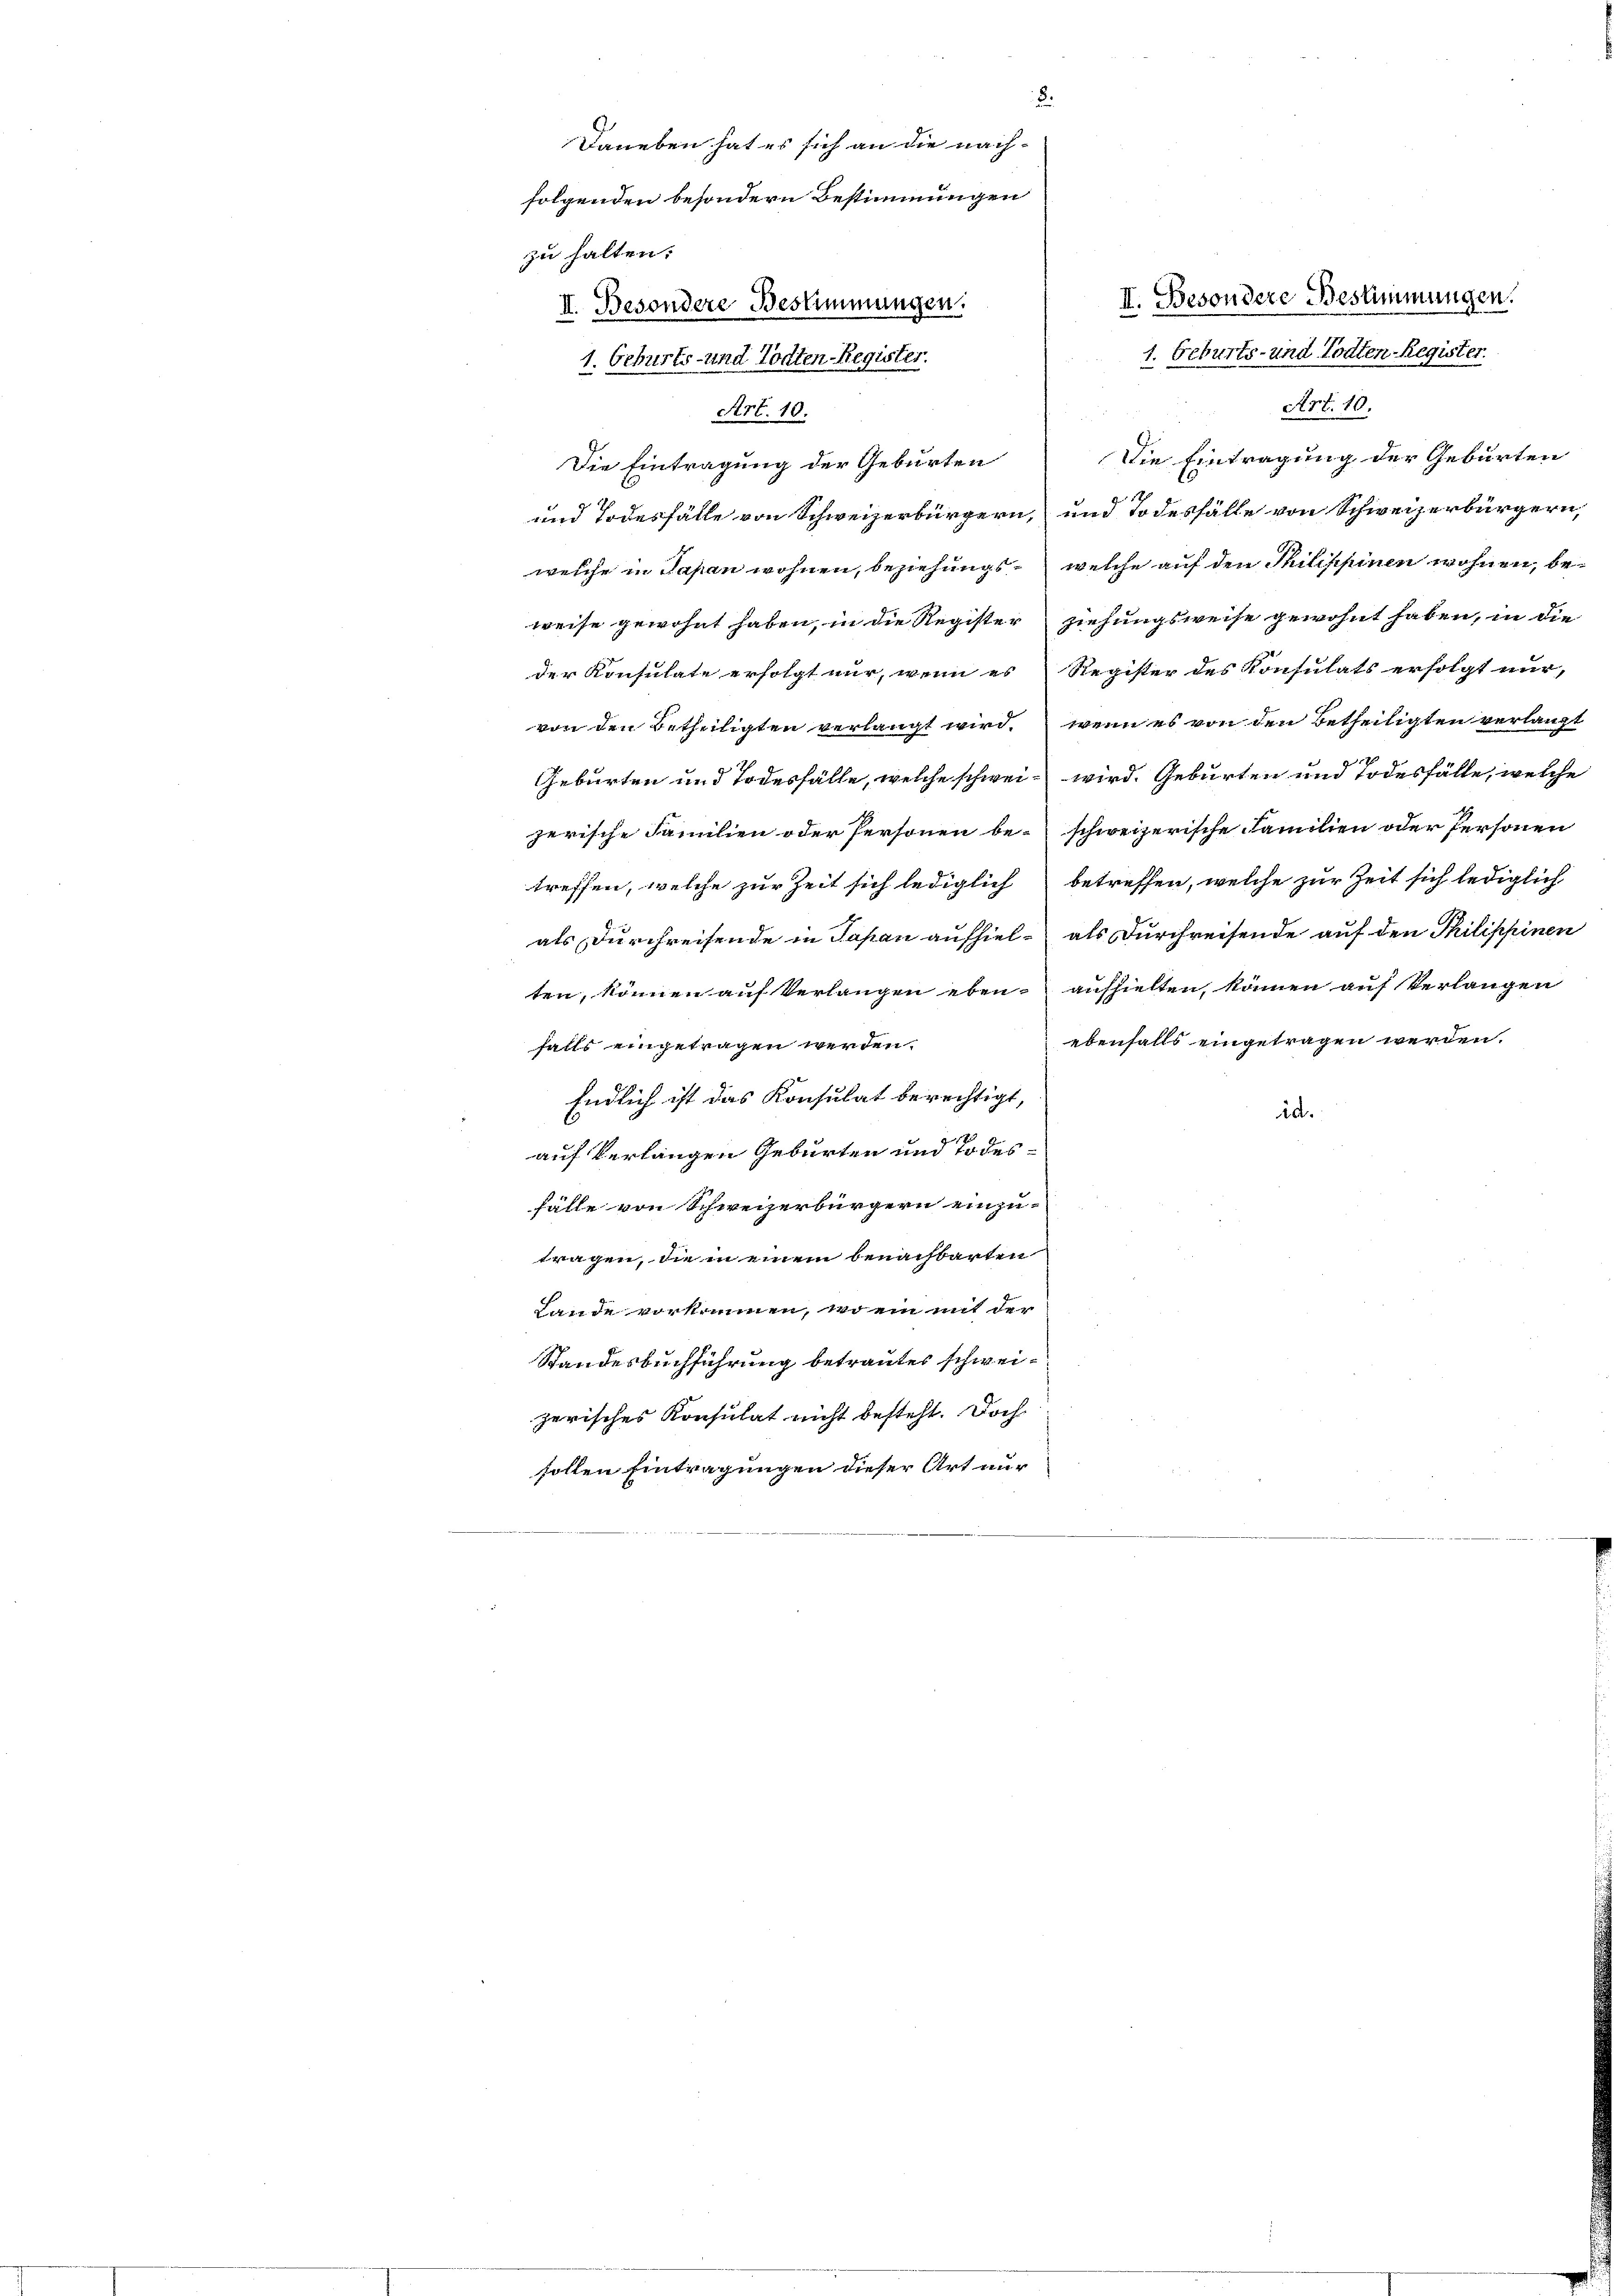
zu halten.
II. Besondere Bestimmungen.
1. Geburts- und Todten Register.
2 x
Art. 10.
Art. 10.
Die Eintragung der Geburten
Die Eintragung der Geburten
17
und Todesfälle von Schweizerbürgern, und Todesfälle von Schweizerbürgern,
weiche in Papan wohnen, beziehungs welche auf den Philippinen wohnen, beweise gewohnt haben, in die Register ziehungsweise gewohnt haben, in die
der Konsulate erfolgt nur, wenn es Register des Konsulats erfolgt nur,
wenn es von den betheiligten verlangt
von den Betheiligten verlangt wird.
17
Geburten und Todesfälle, welche schwei- wird. Geburten und Todesfälle, welche
jerische Familien oder Personen be- schweizerische Familien oder Personen
treffen, welche zur Zeit sich lediglich betreffen, welche zur Zeit sich lediglich
als Durchreisende in Japan aufhiel- als Durchreifende auf den Philippinen
ten, können auf Verlangen eben aufhielten, können auf Verlangen
ebenfalls eingetragen werden.
falls eingetragen werden.
Endlich ist das Konsulat berechtigt,
ad
auf verlangen Geburten und Todesfälle von Schweizerbürgern einzu-
tragen, die in einem benachbarten
Lande vorkommen, wo ein mit der
Standesbuchführung betrautes schweizerisches Konsulat nicht besteht. Doch
sollen Eintragungen dieser Art nur

8.
Daneben hat es sich an die nachfolgenden besondern Bestimmungen
II. Besondere Bestimmungen.
1. Geburts- und Todten-Register.